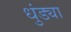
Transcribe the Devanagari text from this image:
धुंड्या